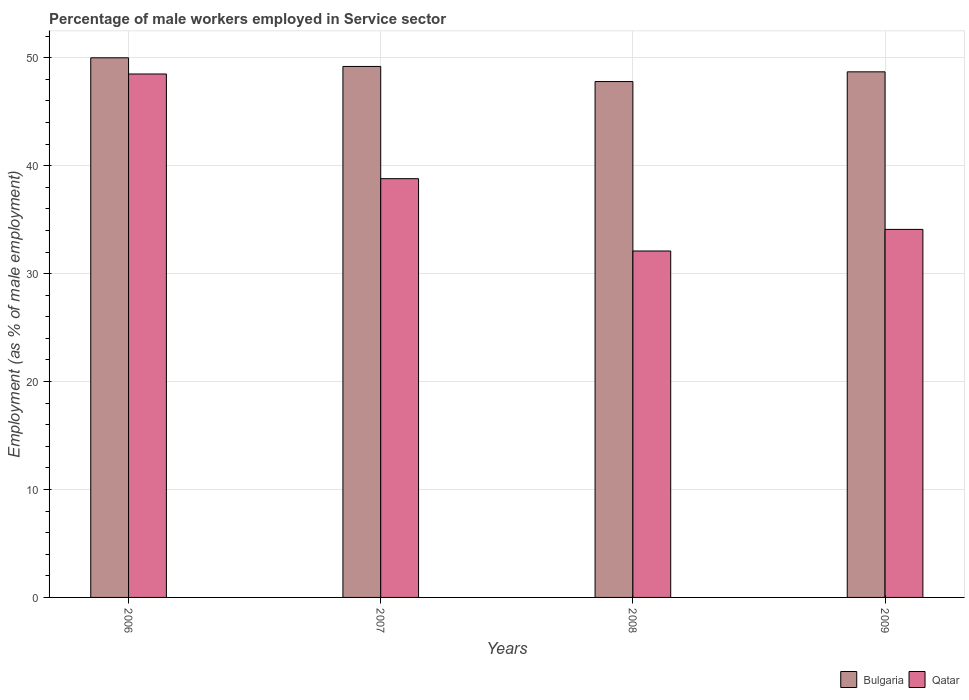
| Years | Bulgaria | Qatar |
 | --- | --- | --- |
 | 2006 | 50 | 48.5 |
 | 2007 | 49.2 | 38.8 |
 | 2008 | 47.8 | 32.1 |
 | 2009 | 48.7 | 34.1 |